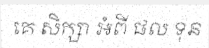
គេ សិក្សា អំពី ផល ទុន